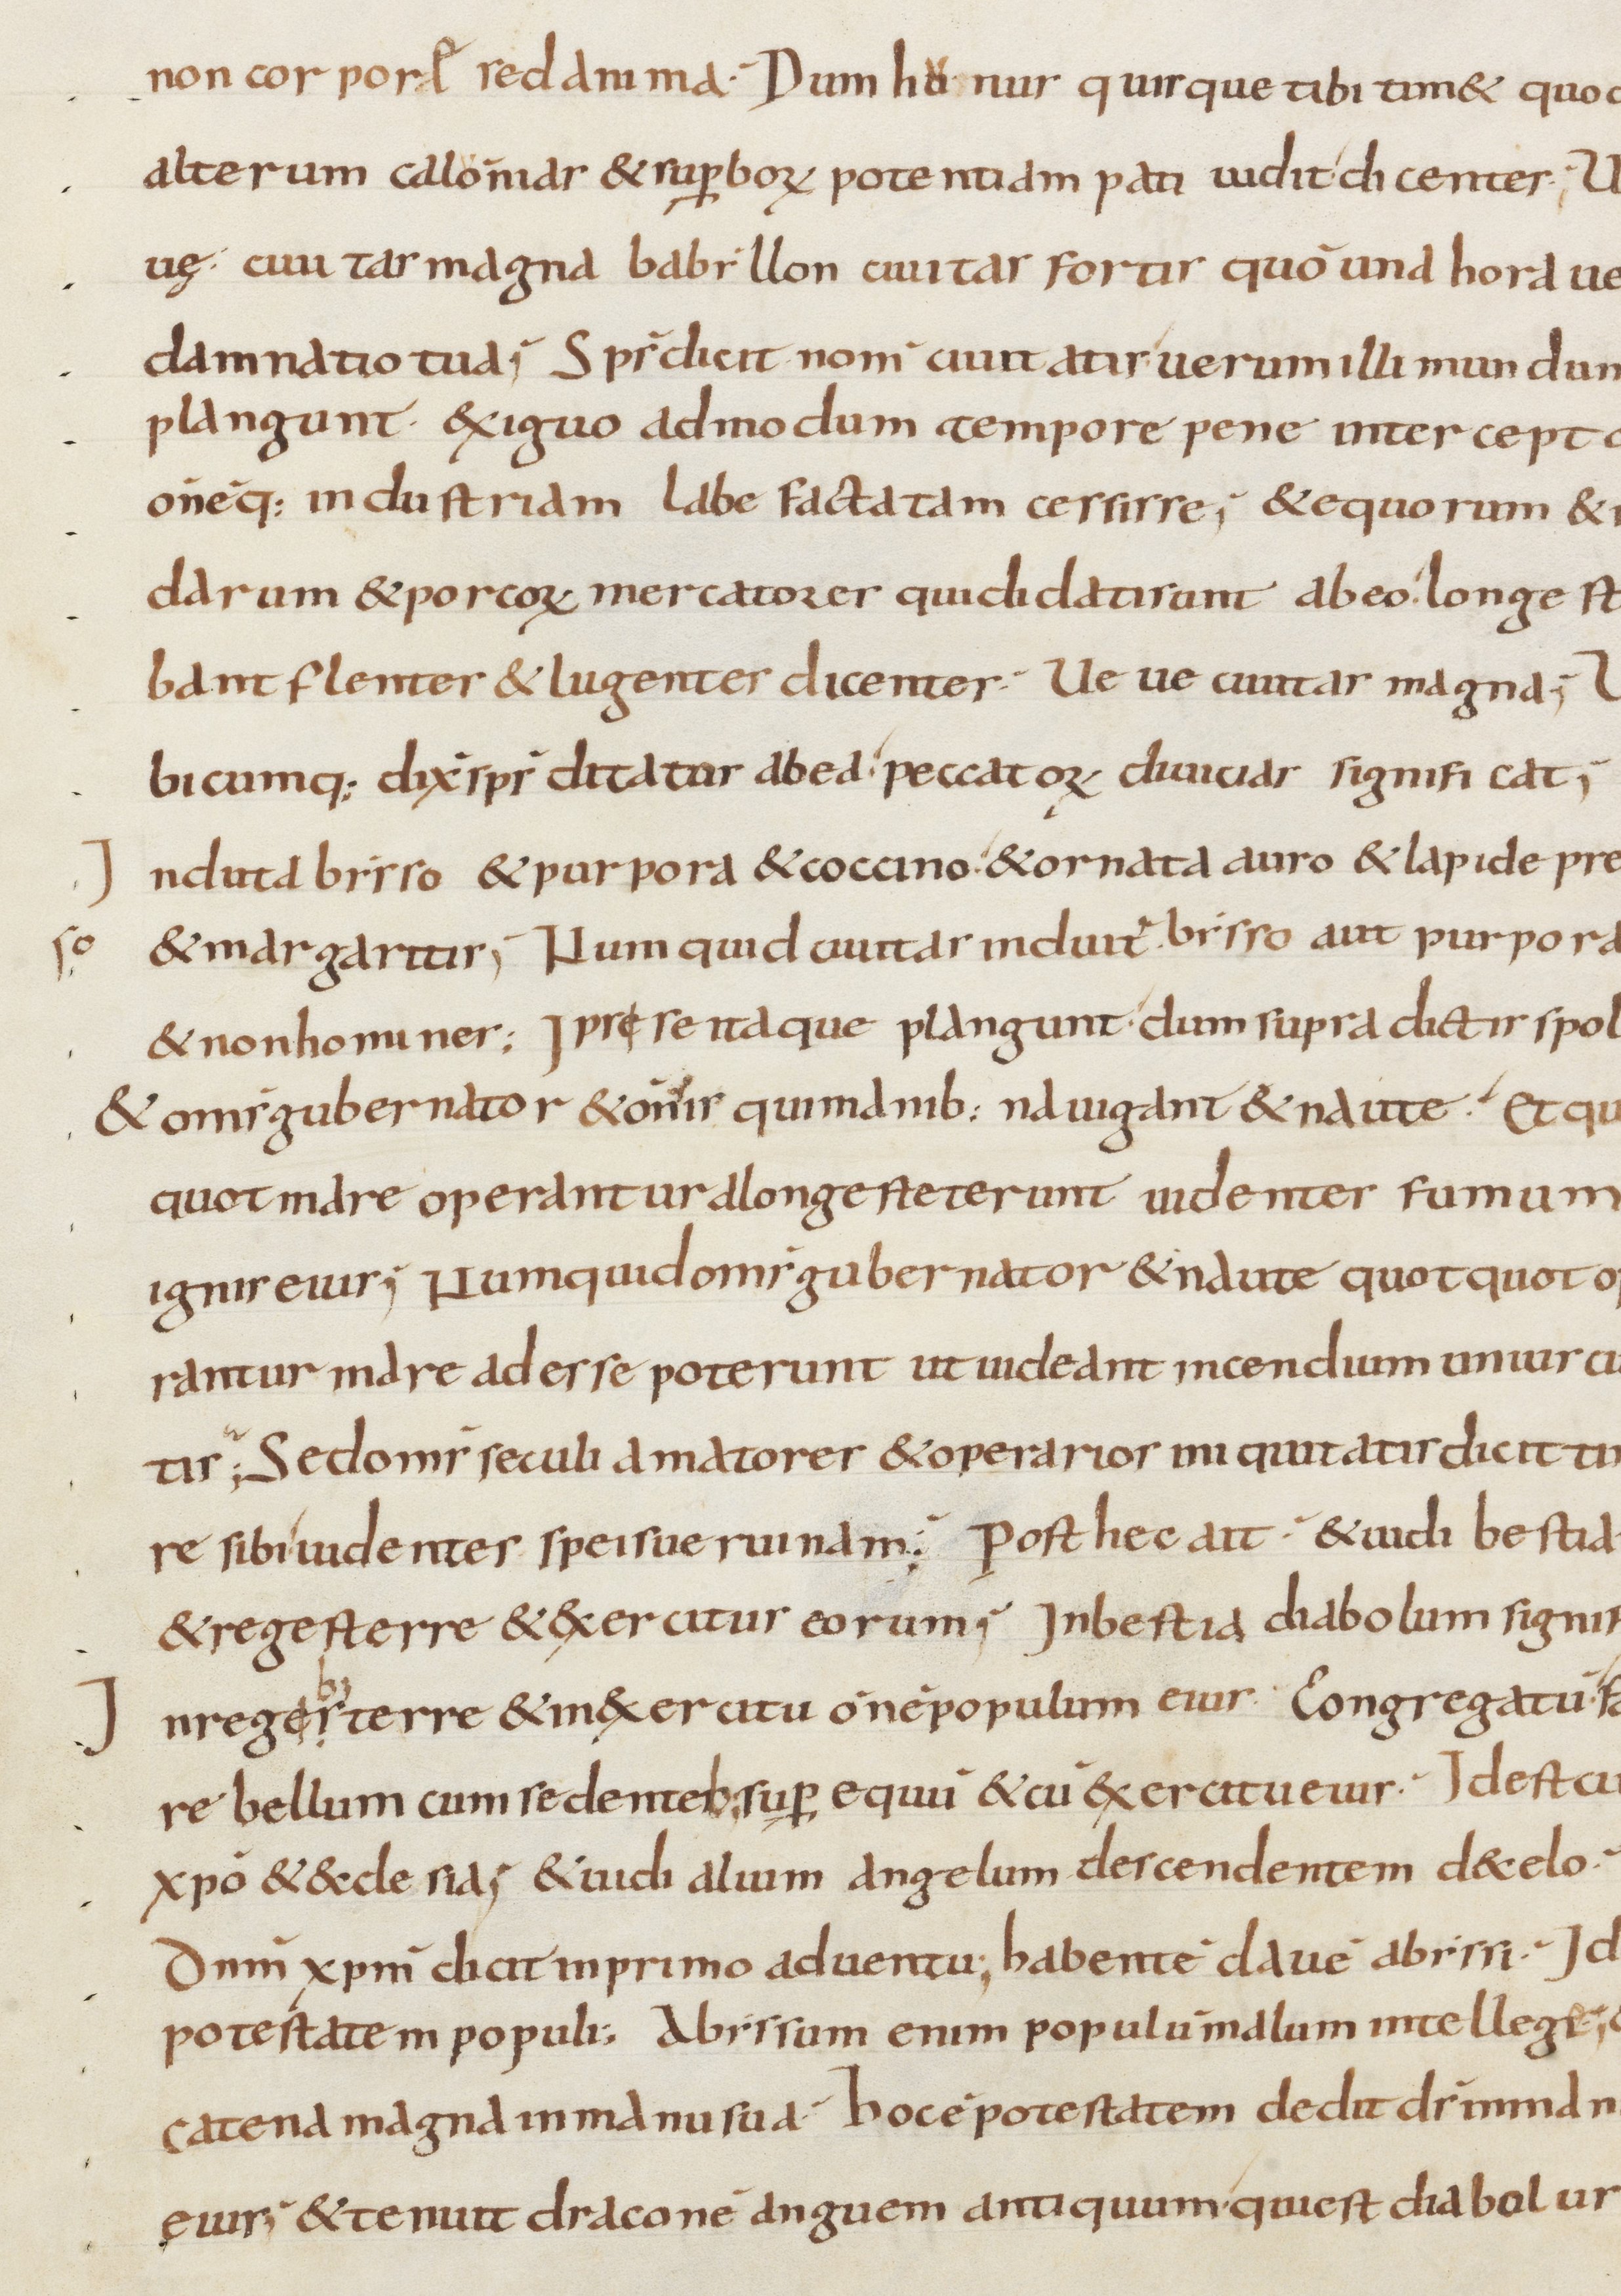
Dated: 800–899